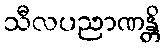
သီလပညာဏန္တိ